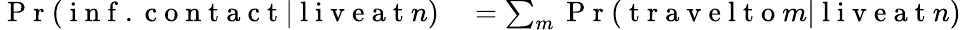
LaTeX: \begin{array}{rl}{\mathrm{~P~r~}(\mathrm{~i~n~f~.~c~o~n~t~a~c~t~}|\mathrm{~l~i~v~e~a~t~}n)}&{{}=\sum_{m}\mathrm{~P~r~}(\mathrm{~t~r~a~v~e~l~t~o~}m|\mathrm{~l~i~v~e~a~t~}n)}\end{array}